Report of the Indian Hemp Drugs Commission, 1894-1895 - Volume V
Year: 1894
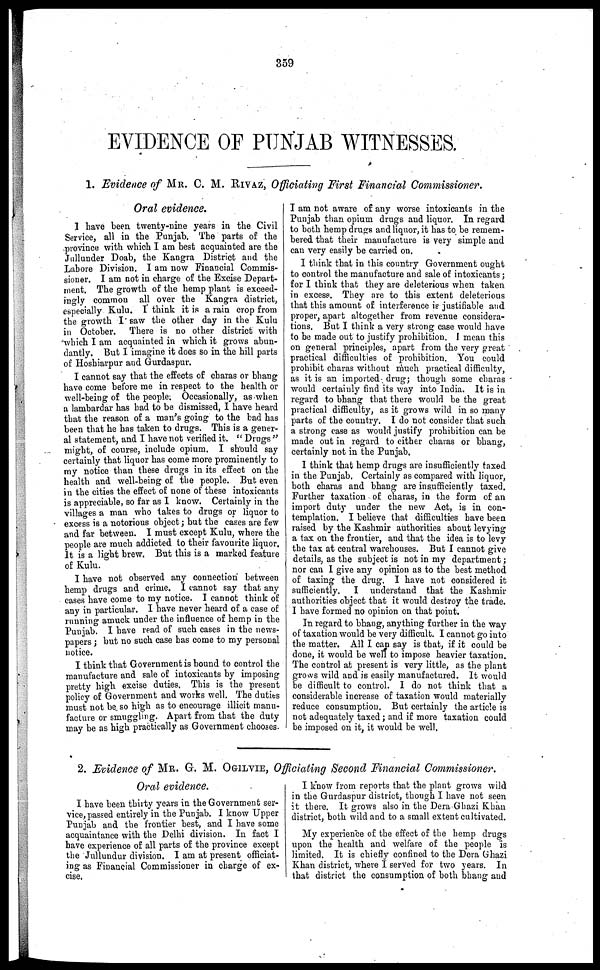
359
EVIDENCE OF PUNJAB WITNESSES.
1. Evidence of MR. C. M. RIVAS, Officiating First Financial Commissioner.
Oral evidence.
I have been twenty-nine years in the Civil
Service, all in the Punjab. The parts of the
province with which I am best acquainted are the
Jullunder Doab, the Kangra District and the
Lahore Division. I am now Financial Commis-
sioner. I am not in charge of the Excise Depart-
ment. The growth of the hemp plant is exceed-
ingly common all over the Kangra district,
especially Kulu. I think it is a rain crop from
the growth I saw the other day in the Kulu
in October. There is no other district with
which I am acquainted in which it grows abun-
dantly. But I imagine it does so in the hill parts
of Hoshiarpur and Gurdaspur.
I cannot say that the effects of charas or bhang
have come before me in respect to the health or
well-being of the people. Occasionally, as when
a lambardar has had to be dismissed, I have heard
that the reason of a man's going to the bad has
been that he has taken to drugs. This is a gener-
al statement, and I have not verified it. "Drugs"
might, of course, include opium. I should say
certainly that liquor has come more prominently to
my notice than these drugs in its effect on the
health and well-being of the people. But even
in the cities the effect of none of these intoxicants
is appreciable, so far as I know. Certainly in the
villages a man who takes to drugs or liquor to
excess is a notorious object ; but the cases are few
and far between. I must except Kulu, where the
people are much addicted to their favourite liquor.
It is a light brew. But this is a marked feature
of Kulu.
I have not observed any connection between
hemp drugs and crime. I cannot say that any
cases have come to my notice. I cannot think of
any in particular. I have never heard of a case of
running amuck under the influence of hemp in the
Punjab. I have read of such cases in the news-
papers ; but no such case has come to my personal
notice.
I think that Government is bound to control the
manufacture and sale of intoxicants by imposing
pretty high excise duties. This is the present
policy of Government and works well. The duties
must not be so high as to encourage illicit manu-
facture or smuggling. Apart from that the duty
may be as high practically as Government chooses.
I am not aware of any worse intoxicants in the
Punjab than opium drugs and liquor. In regard
to both hemp drugs and liquor, it has to be remem-
bered that their maunfacture is very simple and
can very easily be carried on.
I think that in this country Government ought
to control the manufacture and sale of intoxicants ;
for I think that they are deleterious when taken
in excess. They are to this extent deleterious
that this amount of interference is justifiable and
proper, apart altogether from revenue considera-
tions. But I think a very strong case would have
to be made out to justify prohibition. I mean this
on general principles, apart from the very great
practical difficulties of prohibition. You could
prohibit charas without much practical difficulty,
as it is an imported drug ; though some charas
would certainly find its way into India. It is in
regard to bhang that there would be the great
practical difficulty, as it grows wild in so many
parts of the country. I do not consider that such
a strong case as would justify prohibition can be
made out in regard to either charas or bhang,
certainly not in the Punjab.
I think that hemp drugs are insufficiently taxed
in the Punjab. Certainly as compared with liquor,
both charas and bhang are insufficiently taxed.
Further taxation of charas, in the form of an
import duty under the new Act, is in con-
templation. I believe that difficulties have been
raised by the Kashmir authorities about levying
a tax on the frontier, and that the idea is to levy
the tax at central warehouses. But I cannot give
details, as the subject is not in my department ;
nor can I give any opinion as to the best method
of taxing the drug. I have not considered it
sufficiently.
I understand that the Kashmir
authorities object that it would destroy the trade.
I have formed no opinion on that point.
In regard to bhang, anything further in the way
of taxation would be very difficult. I cannot go into
the matter. All I can say is that, if it could be
done, it would be well to impose heavier taxation.
The control at present is very little, as the plant
grows wild and is easily manufactured. It would
be difficult to control. 1 do not think that a
considerable increase of taxation would materially
reduce consumption. But certainly the article is
not adequately taxed ; and if more taxation could
be imposed on it, it would be well.
2. Evidence of MR. G. M. OGILVIE, Officiating Second Financial Commissioner.
Oral evidence.
I have been thirty years in the Government ser-
vice, passed entirely in the Punjab. I know Upper
Punjab and the frontier best, and I have some
acquaintance with the Delhi division. In fact I
have experience of all parts of the province except
the Jullundur division. I am at present officiat-
ing as Financial Commissioner in charge of ex-
cise.
I know from reports that the plant grows wild
in the Gurdaspur district, though I have not seen
it there. It grows also in the Dera Ghazi Khan
district, both wild and to a small extent cultivated.
My experience of the effect of the hemp drugs
upon the health and welfare of the people is
limited. It is chiefly confined to the Dera Ghazi
Khan district, where I served for two years. In
that district the consumption of both bhang and